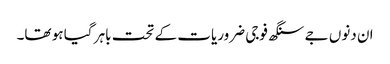
ان دنوں جے سنگھ فوجی ضروریات کے تحت باہر گیا ہو تھا۔